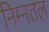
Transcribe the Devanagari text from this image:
निम्नतल